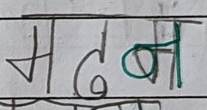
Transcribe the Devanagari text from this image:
मदन